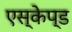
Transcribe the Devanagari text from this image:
एस्केप्ड